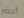
أحضر